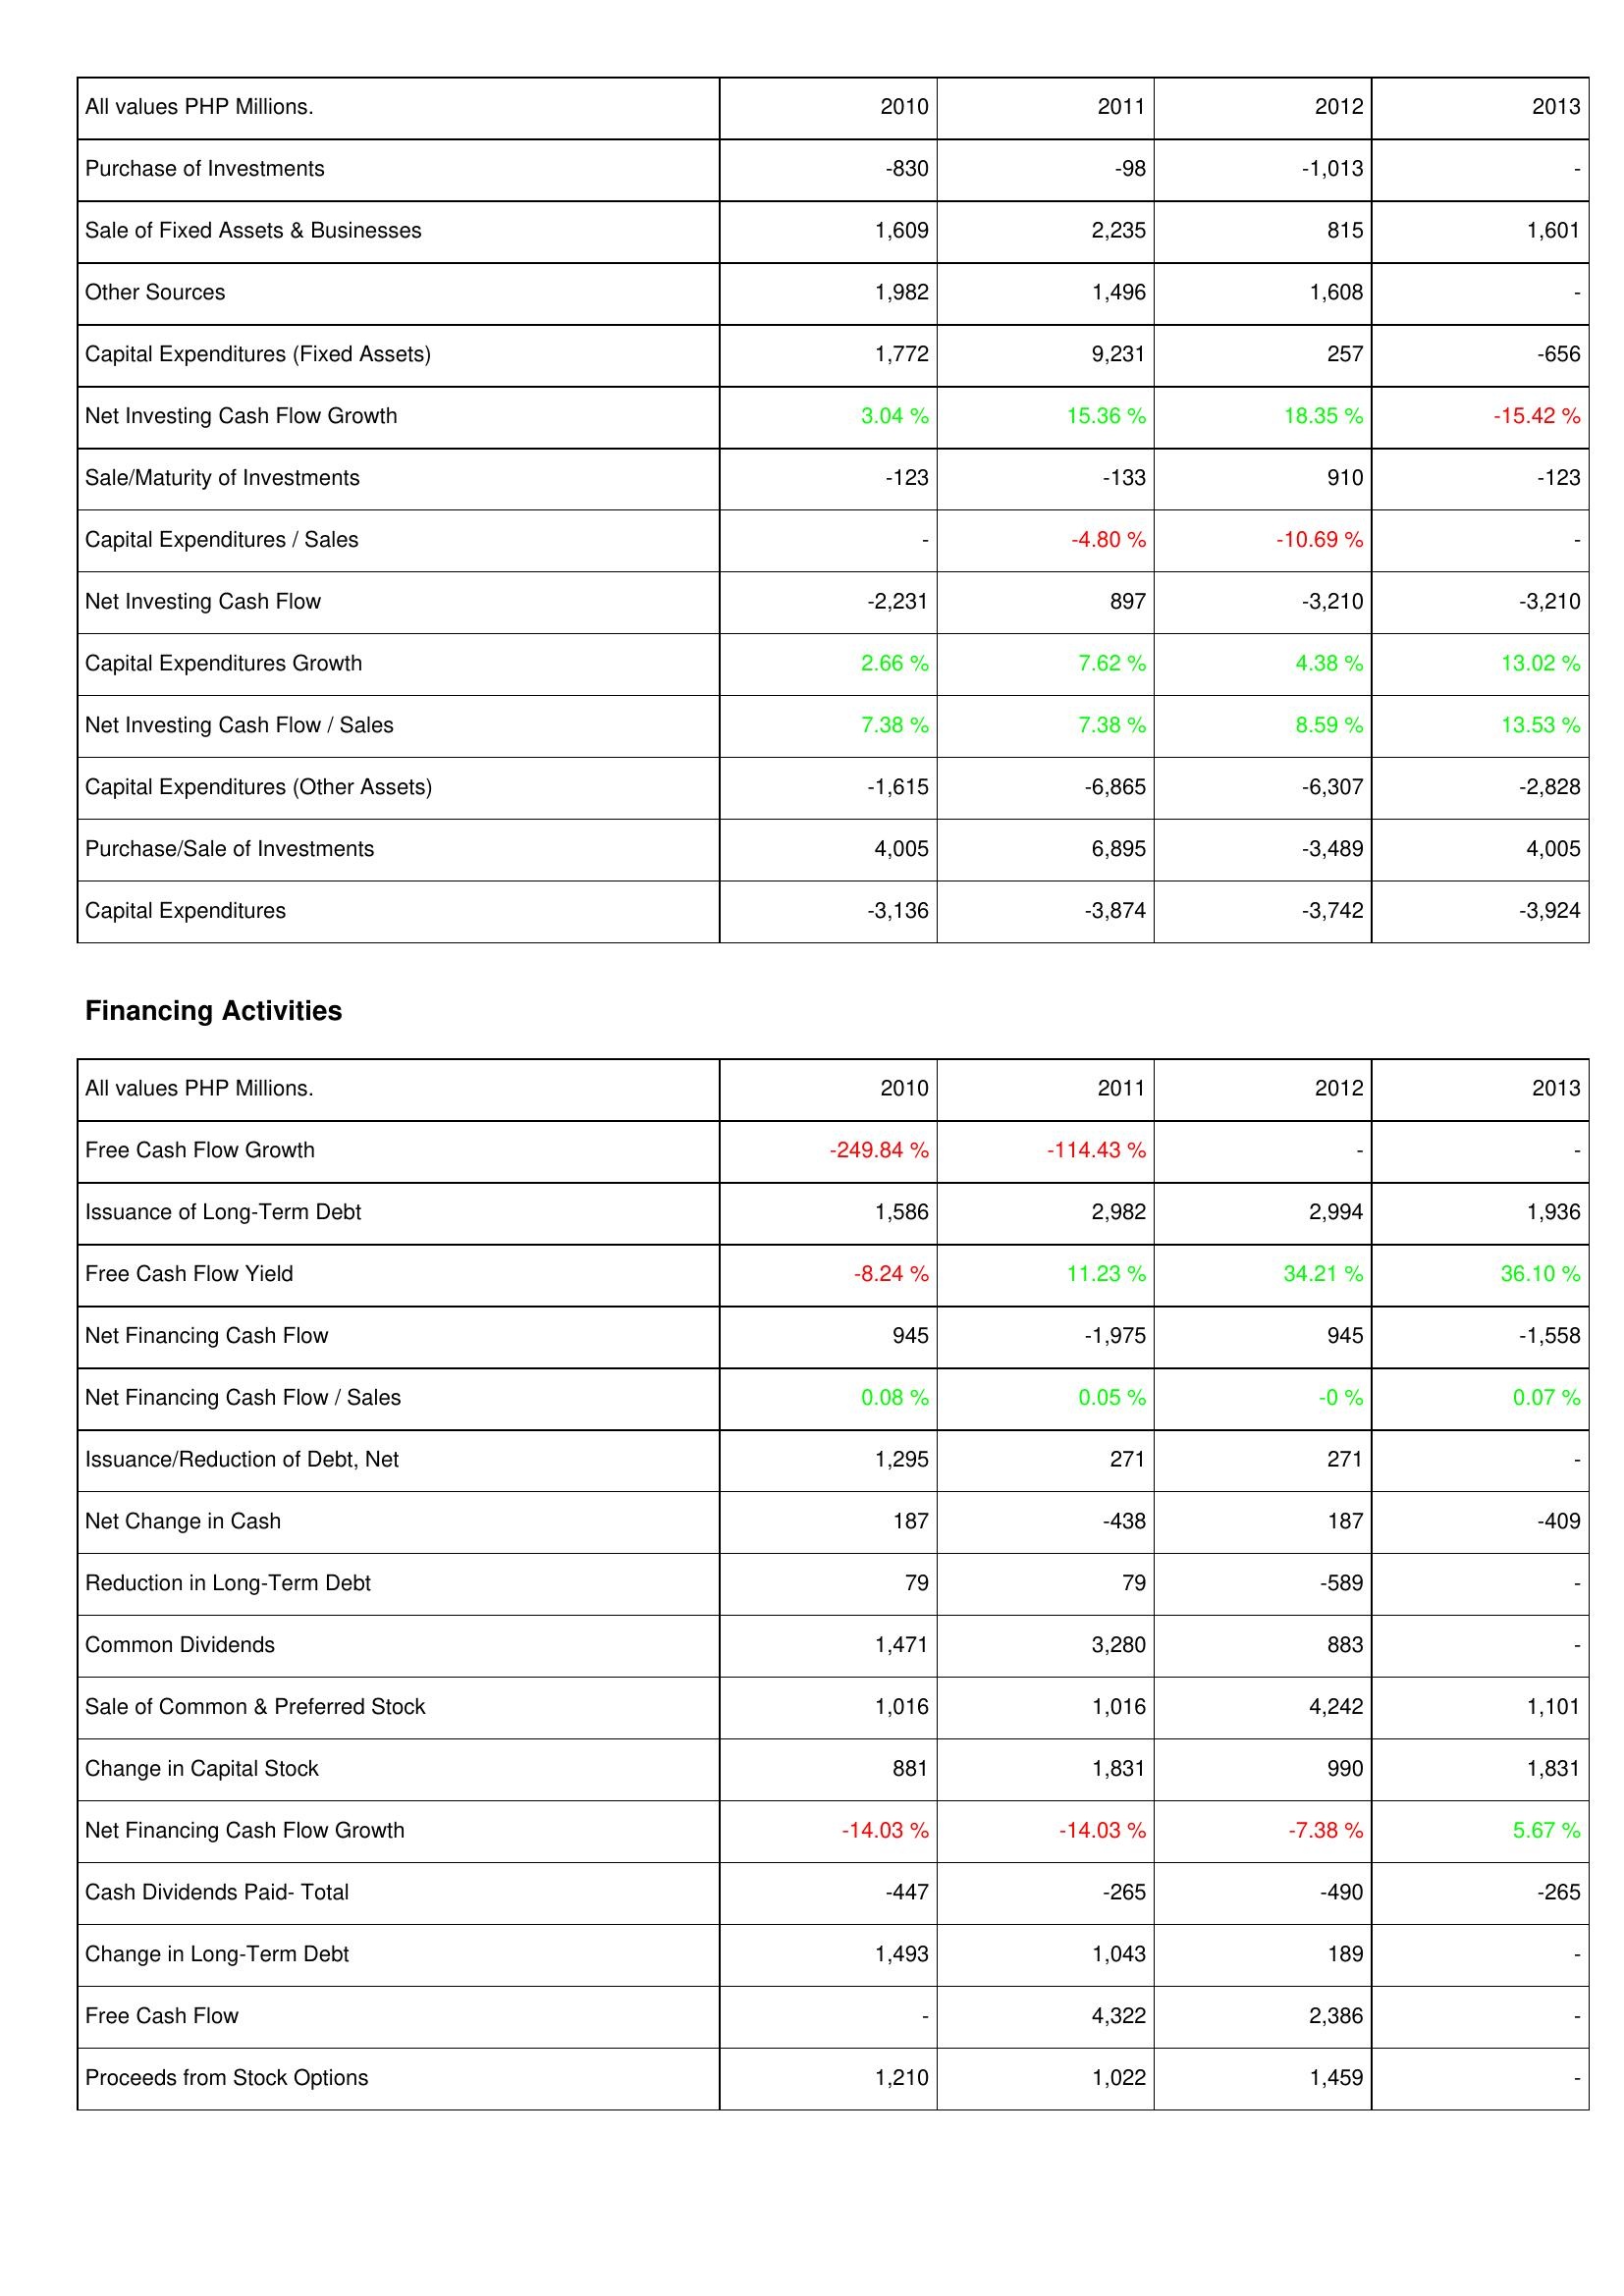
2010: Investing Activities: Purchase of Investments: -830
Sale of Fixed Assets & Businesses: 1,609
Other Sources: 1,982
Capital Expenditures (Fixed Assets): 1,772
Net Investing Cash Flow Growth: 3.04 %
Sale/Maturity of Investments: -123
Capital Expenditures / Sales: -
Net Investing Cash Flow: -2,231
Capital Expenditures Growth: 2.66 %
Net Investing Cash Flow / Sales: 7.38 %
Capital Expenditures (Other Assets): -1,615
Purchase/Sale of Investments: 4,005
Capital Expenditures: -3,136
Financing Activities: Free Cash Flow Growth: -249.84 %
Issuance of Long-Term Debt: 1,586
Free Cash Flow Yield: -8.24 %
Net Financing Cash Flow: 945
Net Financing Cash Flow / Sales: 0.08 %
Issuance/Reduction of Debt, Net: 1,295
Net Change in Cash: 187
Reduction in Long-Term Debt: 79
Common Dividends: 1,471
Sale of Common & Preferred Stock: 1,016
Change in Capital Stock: 881
Net Financing Cash Flow Growth: -14.03 %
Cash Dividends Paid- Total: -447
Change in Long-Term Debt: 1,493
Free Cash Flow: -
Proceeds from Stock Options: 1,210
2011: Investing Activities: Purchase of Investments: -98
Sale of Fixed Assets & Businesses: 2,235
Other Sources: 1,496
Capital Expenditures (Fixed Assets): 9,231
Net Investing Cash Flow Growth: 15.36 %
Sale/Maturity of Investments: -133
Capital Expenditures / Sales: -4.80 %
Net Investing Cash Flow: 897
Capital Expenditures Growth: 7.62 %
Net Investing Cash Flow / Sales: 7.38 %
Capital Expenditures (Other Assets): -6,865
Purchase/Sale of Investments: 6,895
Capital Expenditures: -3,874
Financing Activities: Free Cash Flow Growth: -114.43 %
Issuance of Long-Term Debt: 2,982
Free Cash Flow Yield: 11.23 %
Net Financing Cash Flow: -1,975
Net Financing Cash Flow / Sales: 0.05 %
Issuance/Reduction of Debt, Net: 271
Net Change in Cash: -438
Reduction in Long-Term Debt: 79
Common Dividends: 3,280
Sale of Common & Preferred Stock: 1,016
Change in Capital Stock: 1,831
Net Financing Cash Flow Growth: -14.03 %
Cash Dividends Paid- Total: -265
Change in Long-Term Debt: 1,043
Free Cash Flow: 4,322
Proceeds from Stock Options: 1,022
2012: Investing Activities: Purchase of Investments: -1,013
Sale of Fixed Assets & Businesses: 815
Other Sources: 1,608
Capital Expenditures (Fixed Assets): 257
Net Investing Cash Flow Growth: 18.35 %
Sale/Maturity of Investments: 910
Capital Expenditures / Sales: -10.69 %
Net Investing Cash Flow: -3,210
Capital Expenditures Growth: 4.38 %
Net Investing Cash Flow / Sales: 8.59 %
Capital Expenditures (Other Assets): -6,307
Purchase/Sale of Investments: -3,489
Capital Expenditures: -3,742
Financing Activities: Free Cash Flow Growth: -
Issuance of Long-Term Debt: 2,994
Free Cash Flow Yield: 34.21 %
Net Financing Cash Flow: 945
Net Financing Cash Flow / Sales: -0 %
Issuance/Reduction of Debt, Net: 271
Net Change in Cash: 187
Reduction in Long-Term Debt: -589
Common Dividends: 883
Sale of Common & Preferred Stock: 4,242
Change in Capital Stock: 990
Net Financing Cash Flow Growth: -7.38 %
Cash Dividends Paid- Total: -490
Change in Long-Term Debt: 189
Free Cash Flow: 2,386
Proceeds from Stock Options: 1,459
2013: Investing Activities: Purchase of Investments: -
Sale of Fixed Assets & Businesses: 1,601
Other Sources: -
Capital Expenditures (Fixed Assets): -656
Net Investing Cash Flow Growth: -15.42 %
Sale/Maturity of Investments: -123
Capital Expenditures / Sales: -
Net Investing Cash Flow: -3,210
Capital Expenditures Growth: 13.02 %
Net Investing Cash Flow / Sales: 13.53 %
Capital Expenditures (Other Assets): -2,828
Purchase/Sale of Investments: 4,005
Capital Expenditures: -3,924
Financing Activities: Free Cash Flow Growth: -
Issuance of Long-Term Debt: 1,936
Free Cash Flow Yield: 36.10 %
Net Financing Cash Flow: -1,558
Net Financing Cash Flow / Sales: 0.07 %
Issuance/Reduction of Debt, Net: -
Net Change in Cash: -409
Reduction in Long-Term Debt: -
Common Dividends: -
Sale of Common & Preferred Stock: 1,101
Change in Capital Stock: 1,831
Net Financing Cash Flow Growth: 5.67 %
Cash Dividends Paid- Total: -265
Change in Long-Term Debt: -
Free Cash Flow: -
Proceeds from Stock Options: -